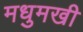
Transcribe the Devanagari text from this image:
मधुमखी